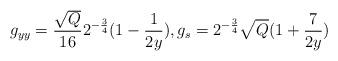
LaTeX: \begin{align*}g_{yy} = \frac{\sqrt{Q}}{16}2^{-\frac{3}{4}}(1-\frac{1}{2y}) ,g_{s} = 2^{-\frac{3}{4}} \sqrt{Q}(1+\frac{7}{2y})\end{align*}